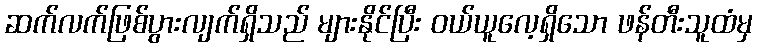
ဆက်လက်ဖြစ်ပွားလျက်ရှိသည် များနိုင်ပြီး ဝယ်ယူလေ့ရှိသော ဖန်တီးသူထံမှ